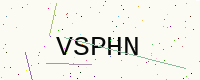
Text: VSPHN